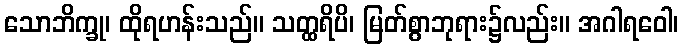
သောဘိက္ခု၊ ထိုရဟန်းသည်။ သတ္ထရိပိ၊ မြတ်စွာဘုရား၌လည်း။ အဂါရဝေါ၊